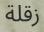
زقلة